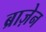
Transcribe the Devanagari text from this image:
ब्राज़ेन